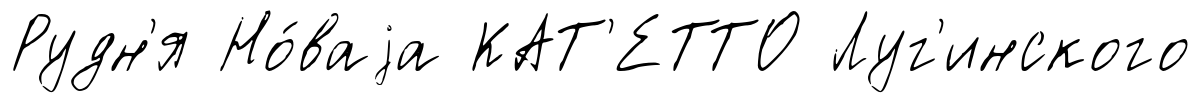
Рудн'я Но́ваjа КАТ'ЕТТО Луг'инского